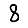
Digit: 8